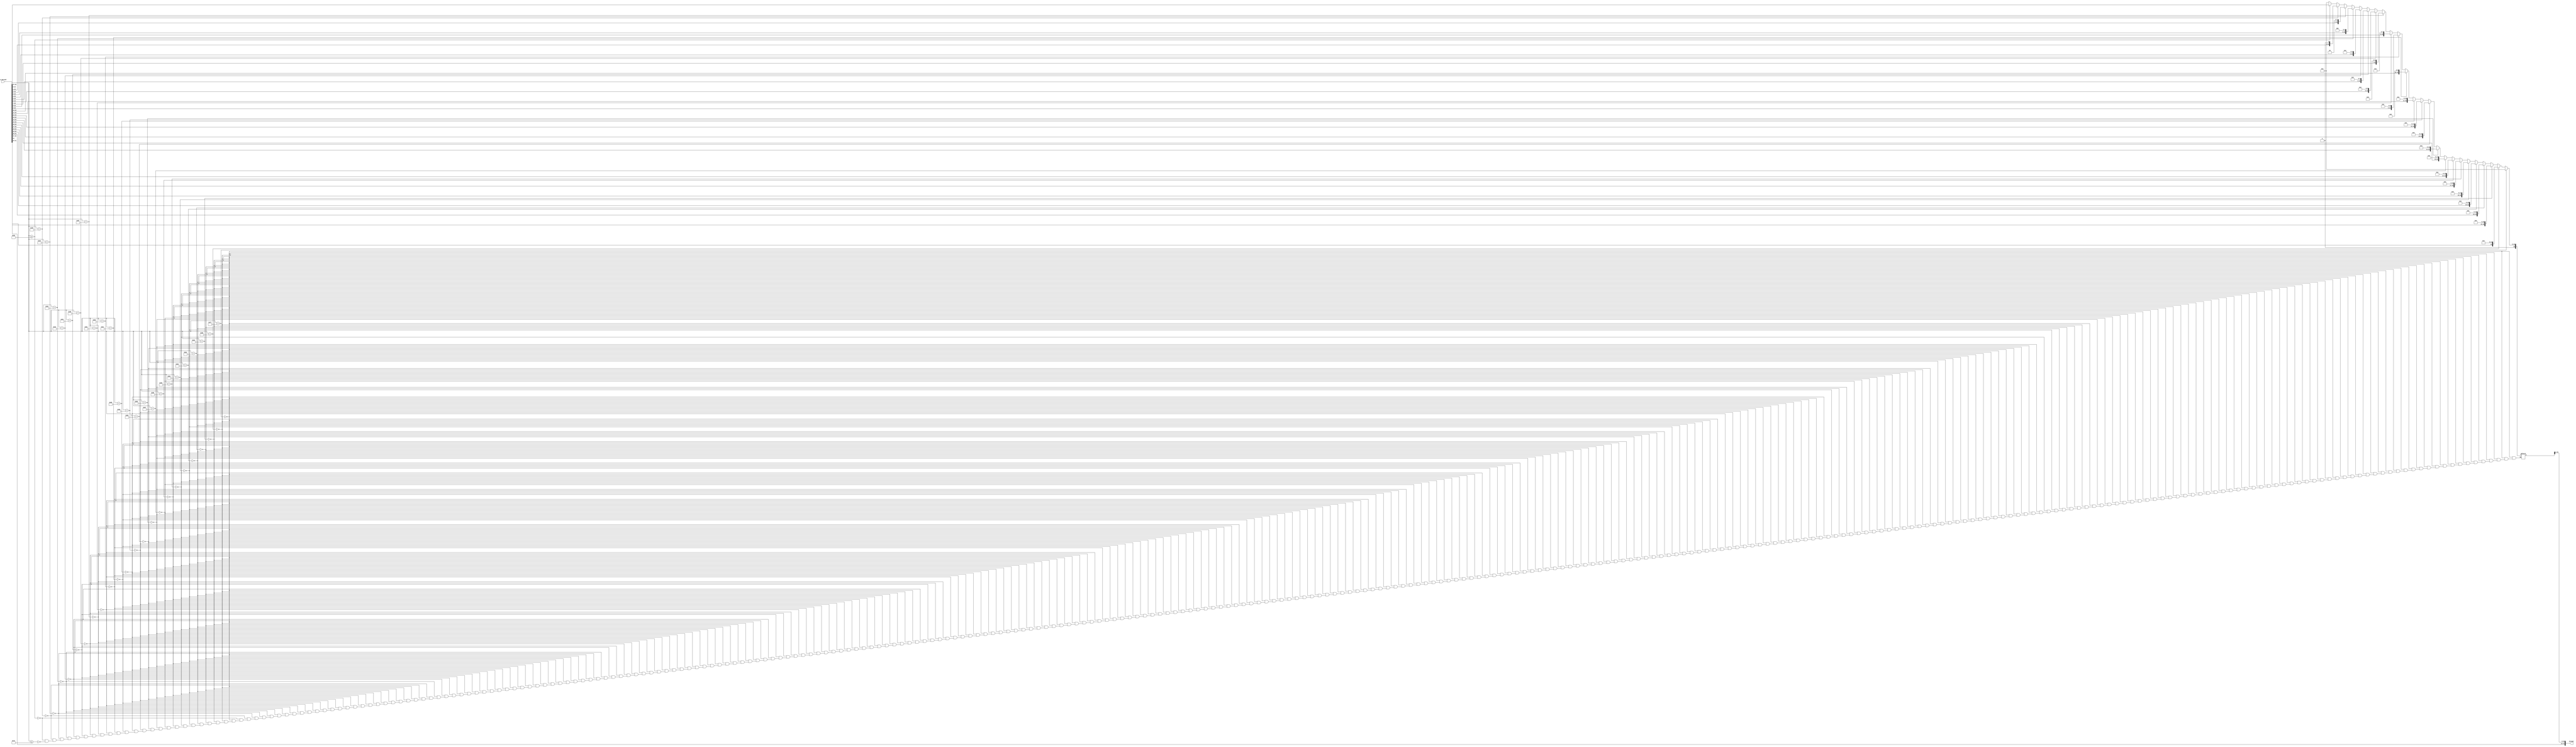
module Floating_Point_to_Integer(
		input [31:0] a_operand,
		output [31:0] Integer
		);

reg [23:0] Integer_Value;

always @(*)
begin
	if (a_operand[30:23] == 8'd127)
			begin
				Integer_Value = 23'd0;
			end

	else if (a_operand[30:23] == 8'd128)
			begin
				Integer_Value = {a_operand[22],22'd0};
				 
			end

	else if (a_operand[30:23] == 8'd129)
			begin
				Integer_Value = {a_operand[22:21],21'd0};
				 
			end

	else if (a_operand[30:23] == 8'd130)
			begin
				Integer_Value = {a_operand[22:20],20'd0};
				 
			end

	else if (a_operand[30:23] == 8'd131)
			begin
				Integer_Value = {a_operand[22:19],19'd0};
				 
			end

	else if (a_operand[30:23] == 8'd132)
			begin
				Integer_Value = {a_operand[22:18],18'd0};
				 
			end

	else if (a_operand[30:23] == 8'd133)
			begin
				Integer_Value = {a_operand[22:17],17'd0};
				 
			end

	else if (a_operand[30:23] == 8'd134)
			begin
				Integer_Value = {a_operand[22:16],16'd0};
				 
			end

	else if (a_operand[30:23] == 8'd135)
			begin
				Integer_Value = {a_operand[22:15],15'd0};
				 
			end

	else if (a_operand[30:23] == 8'd136)
			begin
				Integer_Value = {a_operand[22:14],14'd0};
				 
			end

	else if (a_operand[30:23] == 8'd137)
			begin
				Integer_Value = {a_operand[22:13],13'd0};
				 
			end

	else if (a_operand[30:23] == 8'd138)
			begin
				Integer_Value = {a_operand[22:12],12'd0};
				 
			end

	else if (a_operand[30:23] == 8'd139)
			begin
				Integer_Value = {a_operand[22:11],11'd0};
				 
			end

	else if (a_operand[30:23] == 8'd140)
			begin
				Integer_Value = {a_operand[22:10],10'd0};
				 
			end

	else if (a_operand[30:23] == 8'd141)
			begin
				Integer_Value = {a_operand[22:9],9'd0};
				 
			end

	else if (a_operand[30:23] == 8'd142)
			begin
				Integer_Value = {a_operand[22:8],8'd0};
				 
			end

	else if (a_operand[30:23] == 8'd143)
			begin
				Integer_Value = {a_operand[22:7],7'd0};
				 
			end

	else if (a_operand[30:23] == 8'd144)
			begin
				Integer_Value = {a_operand[22:6],6'd0};
				 
			end

	else if (a_operand[30:23] == 8'd145)
			begin
				Integer_Value = {a_operand[22:5],5'd0};
				 
			end

	else if (a_operand[30:23] == 8'd146)
			begin
				Integer_Value = {a_operand[22:4],4'd0};
				 
			end

	else if (a_operand[30:23] == 8'd147)
			begin
				Integer_Value = {a_operand[22:3],3'd0};
				 
			end

	else if (a_operand[30:23] == 8'd148)
			begin
				Integer_Value = {a_operand[22:2],2'd0};
				 
			end

	else if (a_operand[30:23] == 8'd149)
			begin
				Integer_Value = {a_operand[22:1],1'd0};
				 
			end

	else if (a_operand[30:23] >= 8'd150)
			begin
				Integer_Value = a_operand[22:0];
				 
			end

	else if (a_operand[30:23] <= 8'd126)
			begin
				Integer_Value = 24'd0;
				 
			end
end

assign Integer = {a_operand[31:23],Integer_Value[23:1]};

endmodule